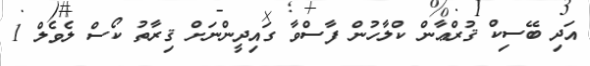
އަދި ބޭސިކް ޤުރްޢާން ކްލާހުން ފާސްވާ ގައިދީންނަށް ޤިރާތު ކޯސް ލެވެލް 1